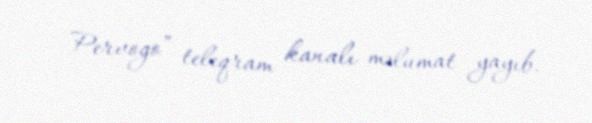
Pervogo” teleqram kanalı məlumat yayıb.